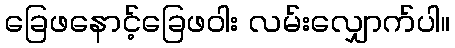
ခြေဖနောင့်ခြေဖဝါး လမ်းလျှောက်ပါ။